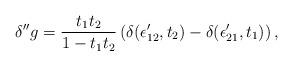
LaTeX: \begin{align*}\delta^{\prime\prime}g = {t_1 t_2\over 1 - t_1 t_2 }\left( \delta(\epsilon'_{12}, t_2) - \delta(\epsilon'_{21},t_1)\right),\end{align*}